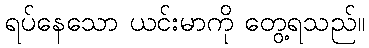
ရပ်နေသော ယင်းမာကို တွေ့ရသည်။